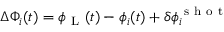
\Delta \Phi _ { i } ( t ) = \phi _ { \mathrm { ~ L ~ } } ( t ) - \phi _ { i } ( t ) + \delta \phi _ { i } ^ { \mathrm { ~ s ~ h ~ o ~ t ~ } }